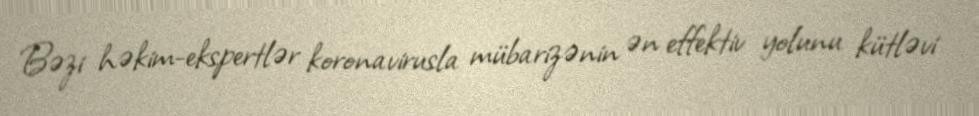
Bəzi həkim-ekspertlər koronavirusla mübarizənin ən effektiv yolunu kütləvi